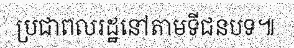
ប្រជាពលរដ្ឋនៅតាមទីជនបទ៕